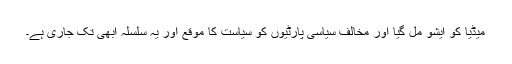
میڈیا کو ایشو مل گیا اور مخالف سیاسی پارٹیوں کو سیاست کا موقع اور یہ سلسلہ ابھی تک جاری ہے۔